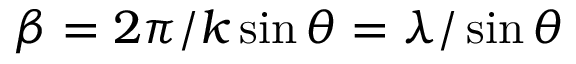
\beta = 2 \pi / k \sin \theta = \lambda / \sin \theta